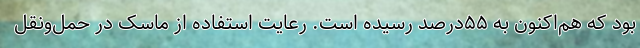
بود که هم‌اکنون به ۵۵درصد رسیده است. رعایت استفاده از ماسک در حمل‌ونقل